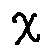
x